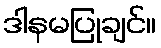
ဒါနမပြုချင်။